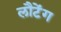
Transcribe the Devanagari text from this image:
लौटेंग